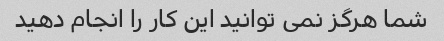
شما هرگز نمی توانید این کار را انجام دهید